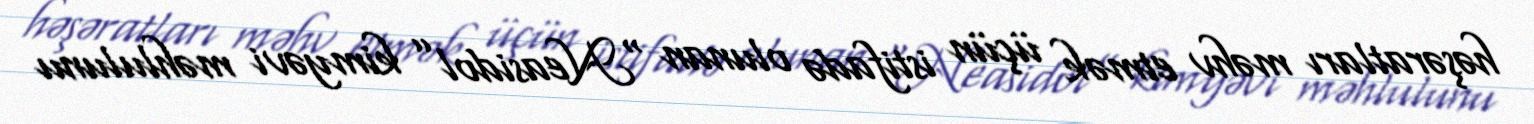
həşəratları məhv etmək üçün istifadə olunan “Neasidol” kimyəvi məhlulunu